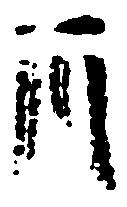
月